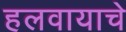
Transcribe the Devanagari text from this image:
हलवायाचे